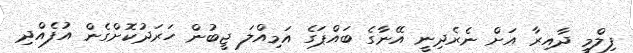
ފިލްމީ ދާއިރާ އަށް ނެރެދިނީ އޭނާގެ ބައްޕަގެ އަމިއްލަ ޖީބުން ހަރަދުކޮށްގެން އުފެއްދި